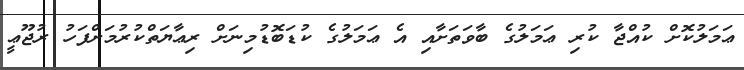
ޢަމަލުކޮށް ކުއްޖާ ކުރި ޢަމަލުގެ ބާވަތަށާއި އެ ޢަމަލުގެ ކުޑަބޮޑުމިނަށް ރިޢާޔަތްކުރުމަށްފަހު ރުޖޫޢީ